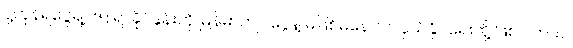
ပို့ကုန်ရငွေရဲ့ ၆၅ ရာခိုင်နှုန်းကို မြန်မာကျပ်ငွေနဲ့ မဖြစ်မနေ လဲလှယ်နိုင်ရေးတို့ ဖြစ်ပါတယ်။